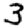
Digit: 3